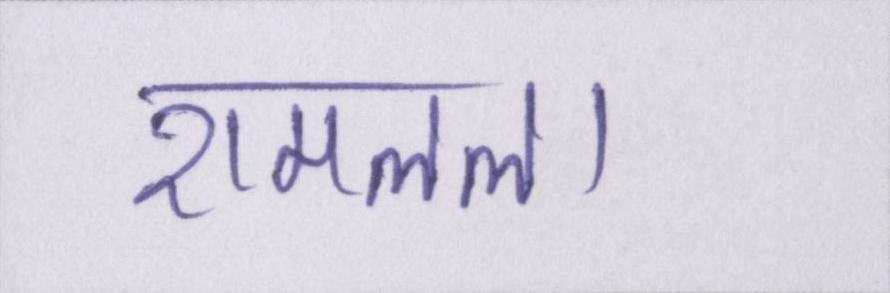
रामलला